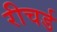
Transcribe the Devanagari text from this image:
रीचर्ड